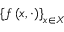
\left\{ f \left( x , \cdot \right) \right\} _ { x \in X }